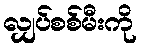
လျှပ်စစ်မီးကို